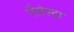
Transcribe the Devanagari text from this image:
पैलेस्ट्रा